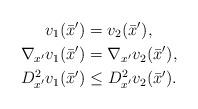
LaTeX: \begin{align*}v_1({\bar{x}}')&=v_2({\bar{x}}'),\\\nabla_{x'} v_1({\bar{x}}')&=\nabla_{x'} v_2({\bar{x}}'),\\D^2_{x'}v_1({\bar{x}}')&\leq D^2_{x'}v_2({\bar{x}}').\end{align*}